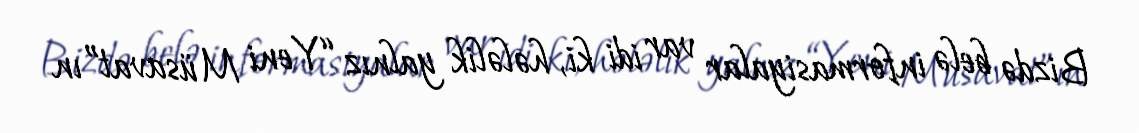
Bizdə belə informasiyalar var idi ki, hələlik yalnız “Yeni Müsavat”ın